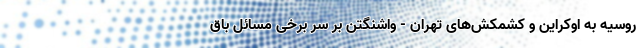
روسیه به اوکراین و کشمکش‌های تهران - واشنگتن بر سر برخی مسائل باق